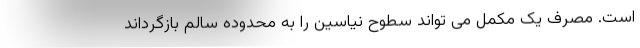
است. مصرف یک مکمل می تواند سطوح نیاسین را به محدوده سالم بازگرداند